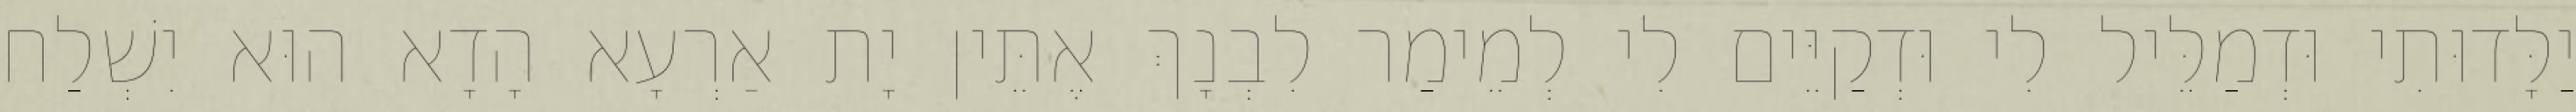
יַלָּדוּתִי וּדְמַלֵּיל לִי וּדְקַיֵּים לִי לְמֵימַר לִבְנָךְ אֶתֵּין יָת אַרְעָא הָדָא הוּא יִשְׁלַח